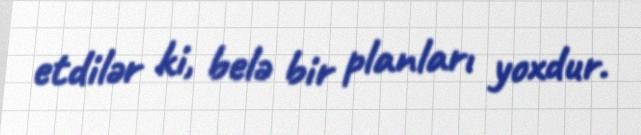
etdilər ki, belə bir planları yoxdur.